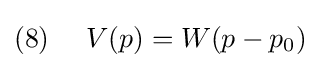
(8)~~~~V(p)=W(p-p_{0})